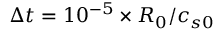
\Delta t = 1 0 ^ { - 5 } \times R _ { 0 } / c _ { s 0 }